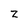
Character: Z